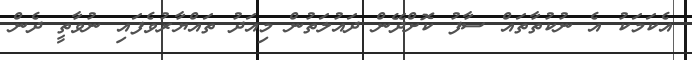
އެކަމަކު އެ ނުކުތާތައް ސާފު ކޮށްދޭން ދައުލަތުން މިއަދު ތައްޔާރުވެފައި ނުވާތީ ދެން